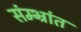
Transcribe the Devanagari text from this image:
संम्भ्रांत